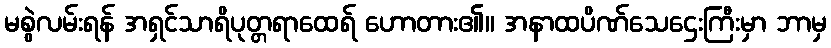
မစွဲလမ်းရန် အရှင်သာရိပုတ္တရာထေရ် ဟောတား၏။ အနာထပိဏ်သေဌေးကြီးမှာ ဘာမှ